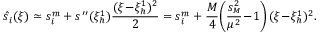
\hat { s } _ { i } ( \xi ) \simeq s _ { i } ^ { m } + s ^ { \prime \prime } ( \xi _ { h } ^ { 1 } ) \frac { ( \xi \! - \! \xi _ { h } ^ { 1 } ) ^ { 2 } } 2 = s _ { i } ^ { m } + \frac M 4 \! \left( \frac { s _ { { \scriptscriptstyle M } } ^ { 2 } } { \mu ^ { 2 } } \! - \! 1 \right) ( \xi \! - \! \xi _ { h } ^ { 1 } ) ^ { 2 } .